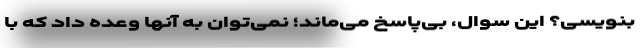
بنویسی؟ این سوال، بی‌پاسخ می‌ماند؛ نمی‌توان به آنها وعده داد که با